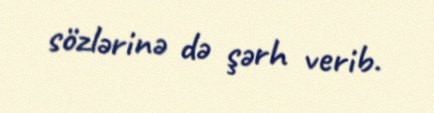
sözlərinə də şərh verib.